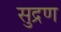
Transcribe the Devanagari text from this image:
सुद्रण